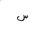
Letter: _sin